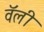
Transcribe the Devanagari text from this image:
वॅली